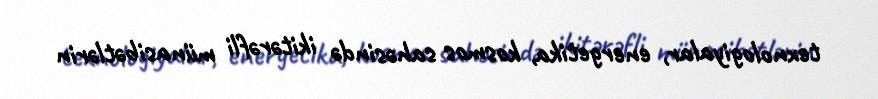
texnologiyalar, energetika, kosmos sahəsində ikitərəfli münasibətlərin